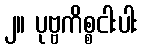
၂။ ပုဗ္ဗကိစ္စငါးပါး